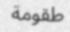
طقومة